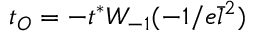
t _ { O } = - t ^ { * } W _ { - 1 } ( - 1 / e \bar { l } ^ { 2 } )